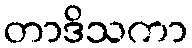
တာဒိသကာ